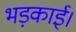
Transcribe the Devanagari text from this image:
भड़काई।